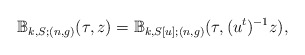
\begin{align*} \mathbb{B}_{k,S;(n,g)}(\tau,z) = \mathbb{B}_{k,S[u];(n,g)}(\tau, (u^t)^{-1} z),\end{align*}